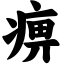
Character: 痹